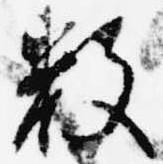
数